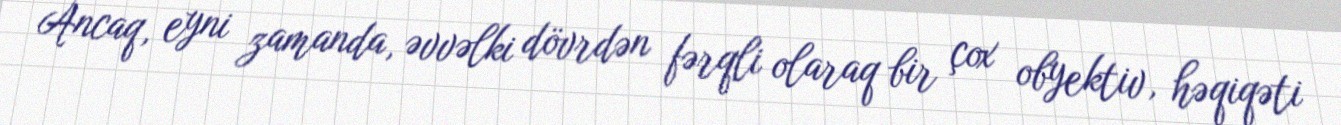
Ancaq, eyni zamanda, əvvəlki dövrdən fərqli olaraq bir çox obyektiv, həqiqəti